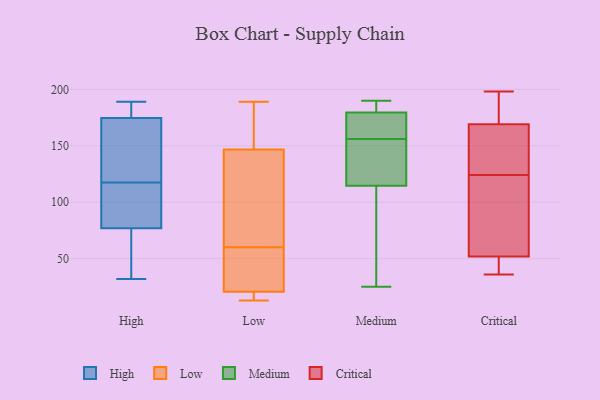
{"axis": {"x": "Conversion Rate (%)", "y": "Value"}, "legend": ["Critical", "High", "Low", "Medium"], "data": [{"x": "", "y": 189, "type": "High"}, {"x": "", "y": 70, "type": "High"}, {"x": "", "y": 170, "type": "High"}, {"x": "", "y": 180, "type": "High"}, {"x": "", "y": 120, "type": "High"}, {"x": "", "y": 84, "type": "High"}, {"x": "", "y": 115, "type": "High"}, {"x": "", "y": 179, "type": "High"}, {"x": "", "y": 137, "type": "High"}, {"x": "", "y": 32, "type": "High"}, {"x": "", "y": 63, "type": "High"}, {"x": "", "y": 86, "type": "High"}, {"x": "", "y": 29, "type": "Low"}, {"x": "", "y": 14, "type": "Low"}, {"x": "", "y": 88, "type": "Low"}, {"x": "", "y": 157, "type": "Low"}, {"x": "", "y": 189, "type": "Low"}, {"x": "", "y": 152, "type": "Low"}, {"x": "", "y": 18, "type": "Low"}, {"x": "", "y": 131, "type": "Low"}, {"x": "", "y": 60, "type": "Low"}, {"x": "", "y": 53, "type": "Low"}, {"x": "", "y": 13, "type": "Low"}, {"x": "", "y": 177, "type": "Medium"}, {"x": "", "y": 98, "type": "Medium"}, {"x": "", "y": 184, "type": "Medium"}, {"x": "", "y": 85, "type": "Medium"}, {"x": "", "y": 189, "type": "Medium"}, {"x": "", "y": 131, "type": "Medium"}, {"x": "", "y": 140, "type": "Medium"}, {"x": "", "y": 168, "type": "Medium"}, {"x": "", "y": 150, "type": "Medium"}, {"x": "", "y": 25, "type": "Medium"}, {"x": "", "y": 162, "type": "Medium"}, {"x": "", "y": 182, "type": "Medium"}, {"x": "", "y": 36, "type": "Medium"}, {"x": "", "y": 190, "type": "Medium"}, {"x": "", "y": 167, "type": "Medium"}, {"x": "", "y": 132, "type": "Medium"}, {"x": "", "y": 128, "type": "Critical"}, {"x": "", "y": 133, "type": "Critical"}, {"x": "", "y": 198, "type": "Critical"}, {"x": "", "y": 81, "type": "Critical"}, {"x": "", "y": 36, "type": "Critical"}, {"x": "", "y": 179, "type": "Critical"}, {"x": "", "y": 39, "type": "Critical"}, {"x": "", "y": 120, "type": "Critical"}, {"x": "", "y": 65, "type": "Critical"}, {"x": "", "y": 159, "type": "Critical"}, {"x": "", "y": 37, "type": "Critical"}, {"x": "", "y": 196, "type": "Critical"}]}